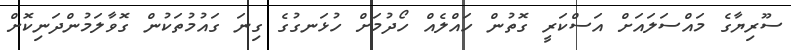
ސޫރިޔާގެ މައްސަލައަށް އަސްކަރީ ގޮތުން ހައްލެއް ހޯދުމަށް ހުޅަނގުގެ ގިނަ ގައުމުތަކުން ގޮވާލަމުންދަނިކޮށް